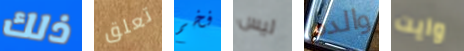
ذلك تعلق فخم ليس والدم وايت